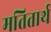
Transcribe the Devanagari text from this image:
मतितार्थ